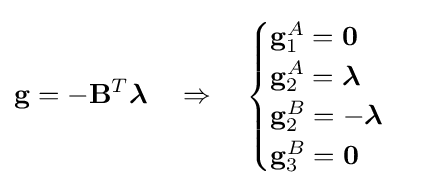
\mathbf {g} =-\mathbf {B} ^{T}{\boldsymbol {\lambda }}\quad \Rightarrow \quad {\begin{cases}\mathbf {g} _{1}^{A}=\mathbf {0} \\\mathbf {g} _{2}^{A}={\boldsymbol {\lambda }}\\\mathbf {g} _{2}^{B}=-{\boldsymbol {\lambda }}\\\mathbf {g} _{3}^{B}=\mathbf {0} \\\end{cases}}